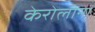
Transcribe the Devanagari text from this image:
केरोलीना